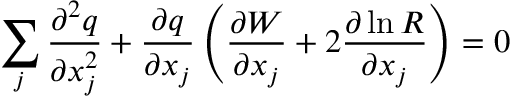
\sum _ { j } \frac { \partial ^ { 2 } q } { \partial x _ { j } ^ { 2 } } + \frac { \partial q } { \partial x _ { j } } \left( \frac { \partial W } { \partial x _ { j } } + 2 \frac { \partial \ln R } { \partial x _ { j } } \right) = 0